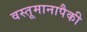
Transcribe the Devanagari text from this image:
वस्तूमानापैकी